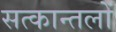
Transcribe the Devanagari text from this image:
सत्कान्तलों